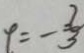
\rho = - \frac { 2 } { 3 }